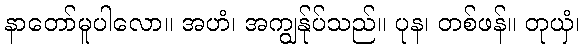
နာတော်မူပါလော။ အဟံ၊ အကျွန်ုပ်သည်။ ပုန၊ တစ်ဖန်။ တုယှံ၊